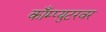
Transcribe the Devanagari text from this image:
काँम्प्युटरवर